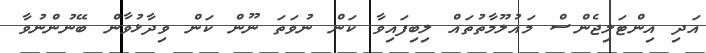
އަދި އިންޓަލިޖެންސް މައުލޫމާތުތައް ލިބިފައިވާ ކަން ނުވަތަ ނޫން ކަން ވިދާޅުވާން ބޭނުންނުވާ